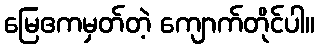
မြေဧကမှတ်တဲ့ ကျောက်တိုင်ပါ။